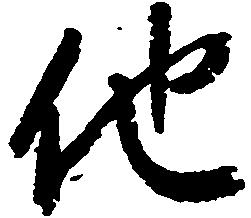
他